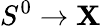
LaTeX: S^{0}\to\mathbf{X}